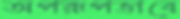
অপরূপভাবে